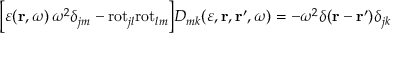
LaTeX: \Bigl [ \varepsilon ( { \bf r } , \omega ) \, \omega ^ { 2 } \delta _ { j m } - \mathrm { r o t } _ { j l } \mathrm { r o t } _ { l m } \Bigr ] D _ { m k } ( \varepsilon , { \bf r } , { \bf r } ^ { \prime } , \omega ) = - \omega ^ { 2 } \delta ( { \bf r } - { \bf r } ^ { \prime } ) \delta _ { j k }